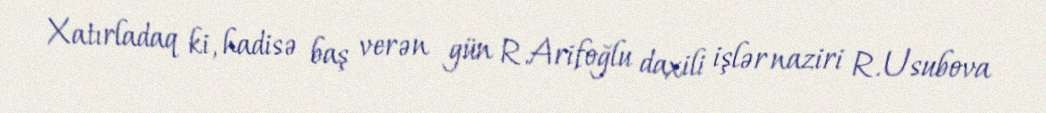
Xatırladaq ki, hadisə baş verən gün R.Arifoğlu daxili işlər naziri R.Usubova